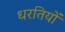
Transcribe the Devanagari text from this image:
धरतियों